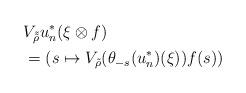
LaTeX: \begin{align*}\ &V_{\tilde{\tilde{\rho}} }u_n^*(\xi \otimes f) \\&=(s\mapsto V_{\tilde{\rho}}(\theta _{-s}(u_n^*)(\xi ) )f(s))\end{align*}